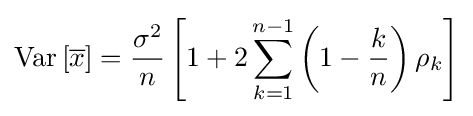
{\rm {Var}}\left[{\overline {x}}\right]={\frac {\sigma ^{2}}{n}}\left[1+2\sum _{k=1}^{n-1}{\left(1-{\frac {k}{n}}\right)\rho _{k}}\right]